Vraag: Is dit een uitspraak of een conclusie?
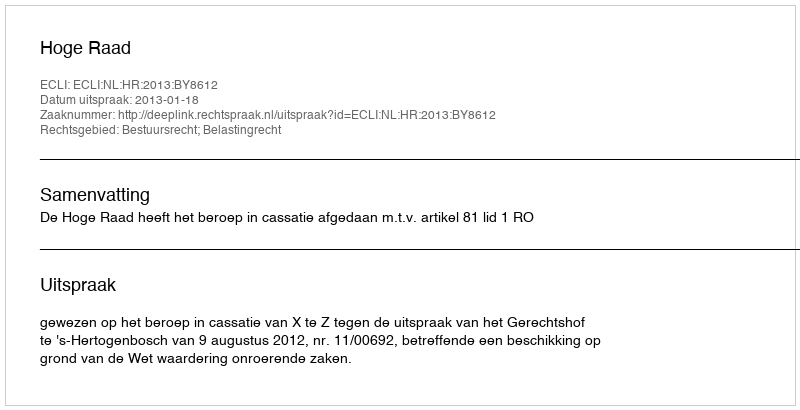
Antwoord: Uitspraak